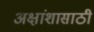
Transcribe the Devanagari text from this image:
अक्षांशासाठी